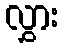
လွှား